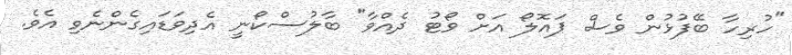
"ހުރިހާ ބޭފުޅުން ވެސް ޕައޮލޯ އަށް ވޯޓު ދެއްވާ" ބާލުސްކޯނީ އެދިވަޑައިގެންނެވި އެވެ.